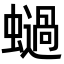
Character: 𧒖